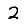
Digit: 2